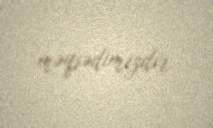
məqsədimizdir.